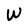
Character: W